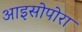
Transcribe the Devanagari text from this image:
आइसोपोरा